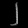
Digit: ၂